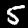
Digit: 5